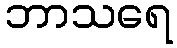
ဘာသရေ